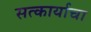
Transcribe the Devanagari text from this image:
सत्कार्याचा